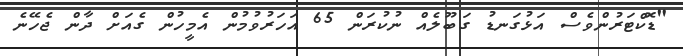
"ޑޮކްޓަރުންވެސް އަޅުގަނޑު ގަބޫލެއް ނުކުރަން 65 އަހަރުވުމުން އެމީހުން ގެއަށް ދާން ޖެހޭނެ